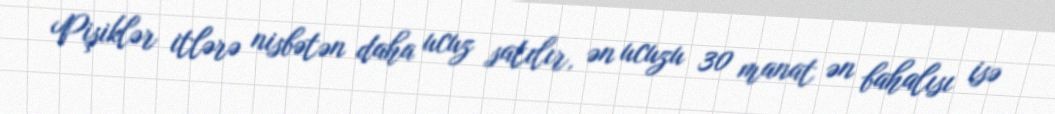
Pişiklər itlərə nisbətən daha ucuz satılır, ən ucuzu 30 manat ən bahalısı isə